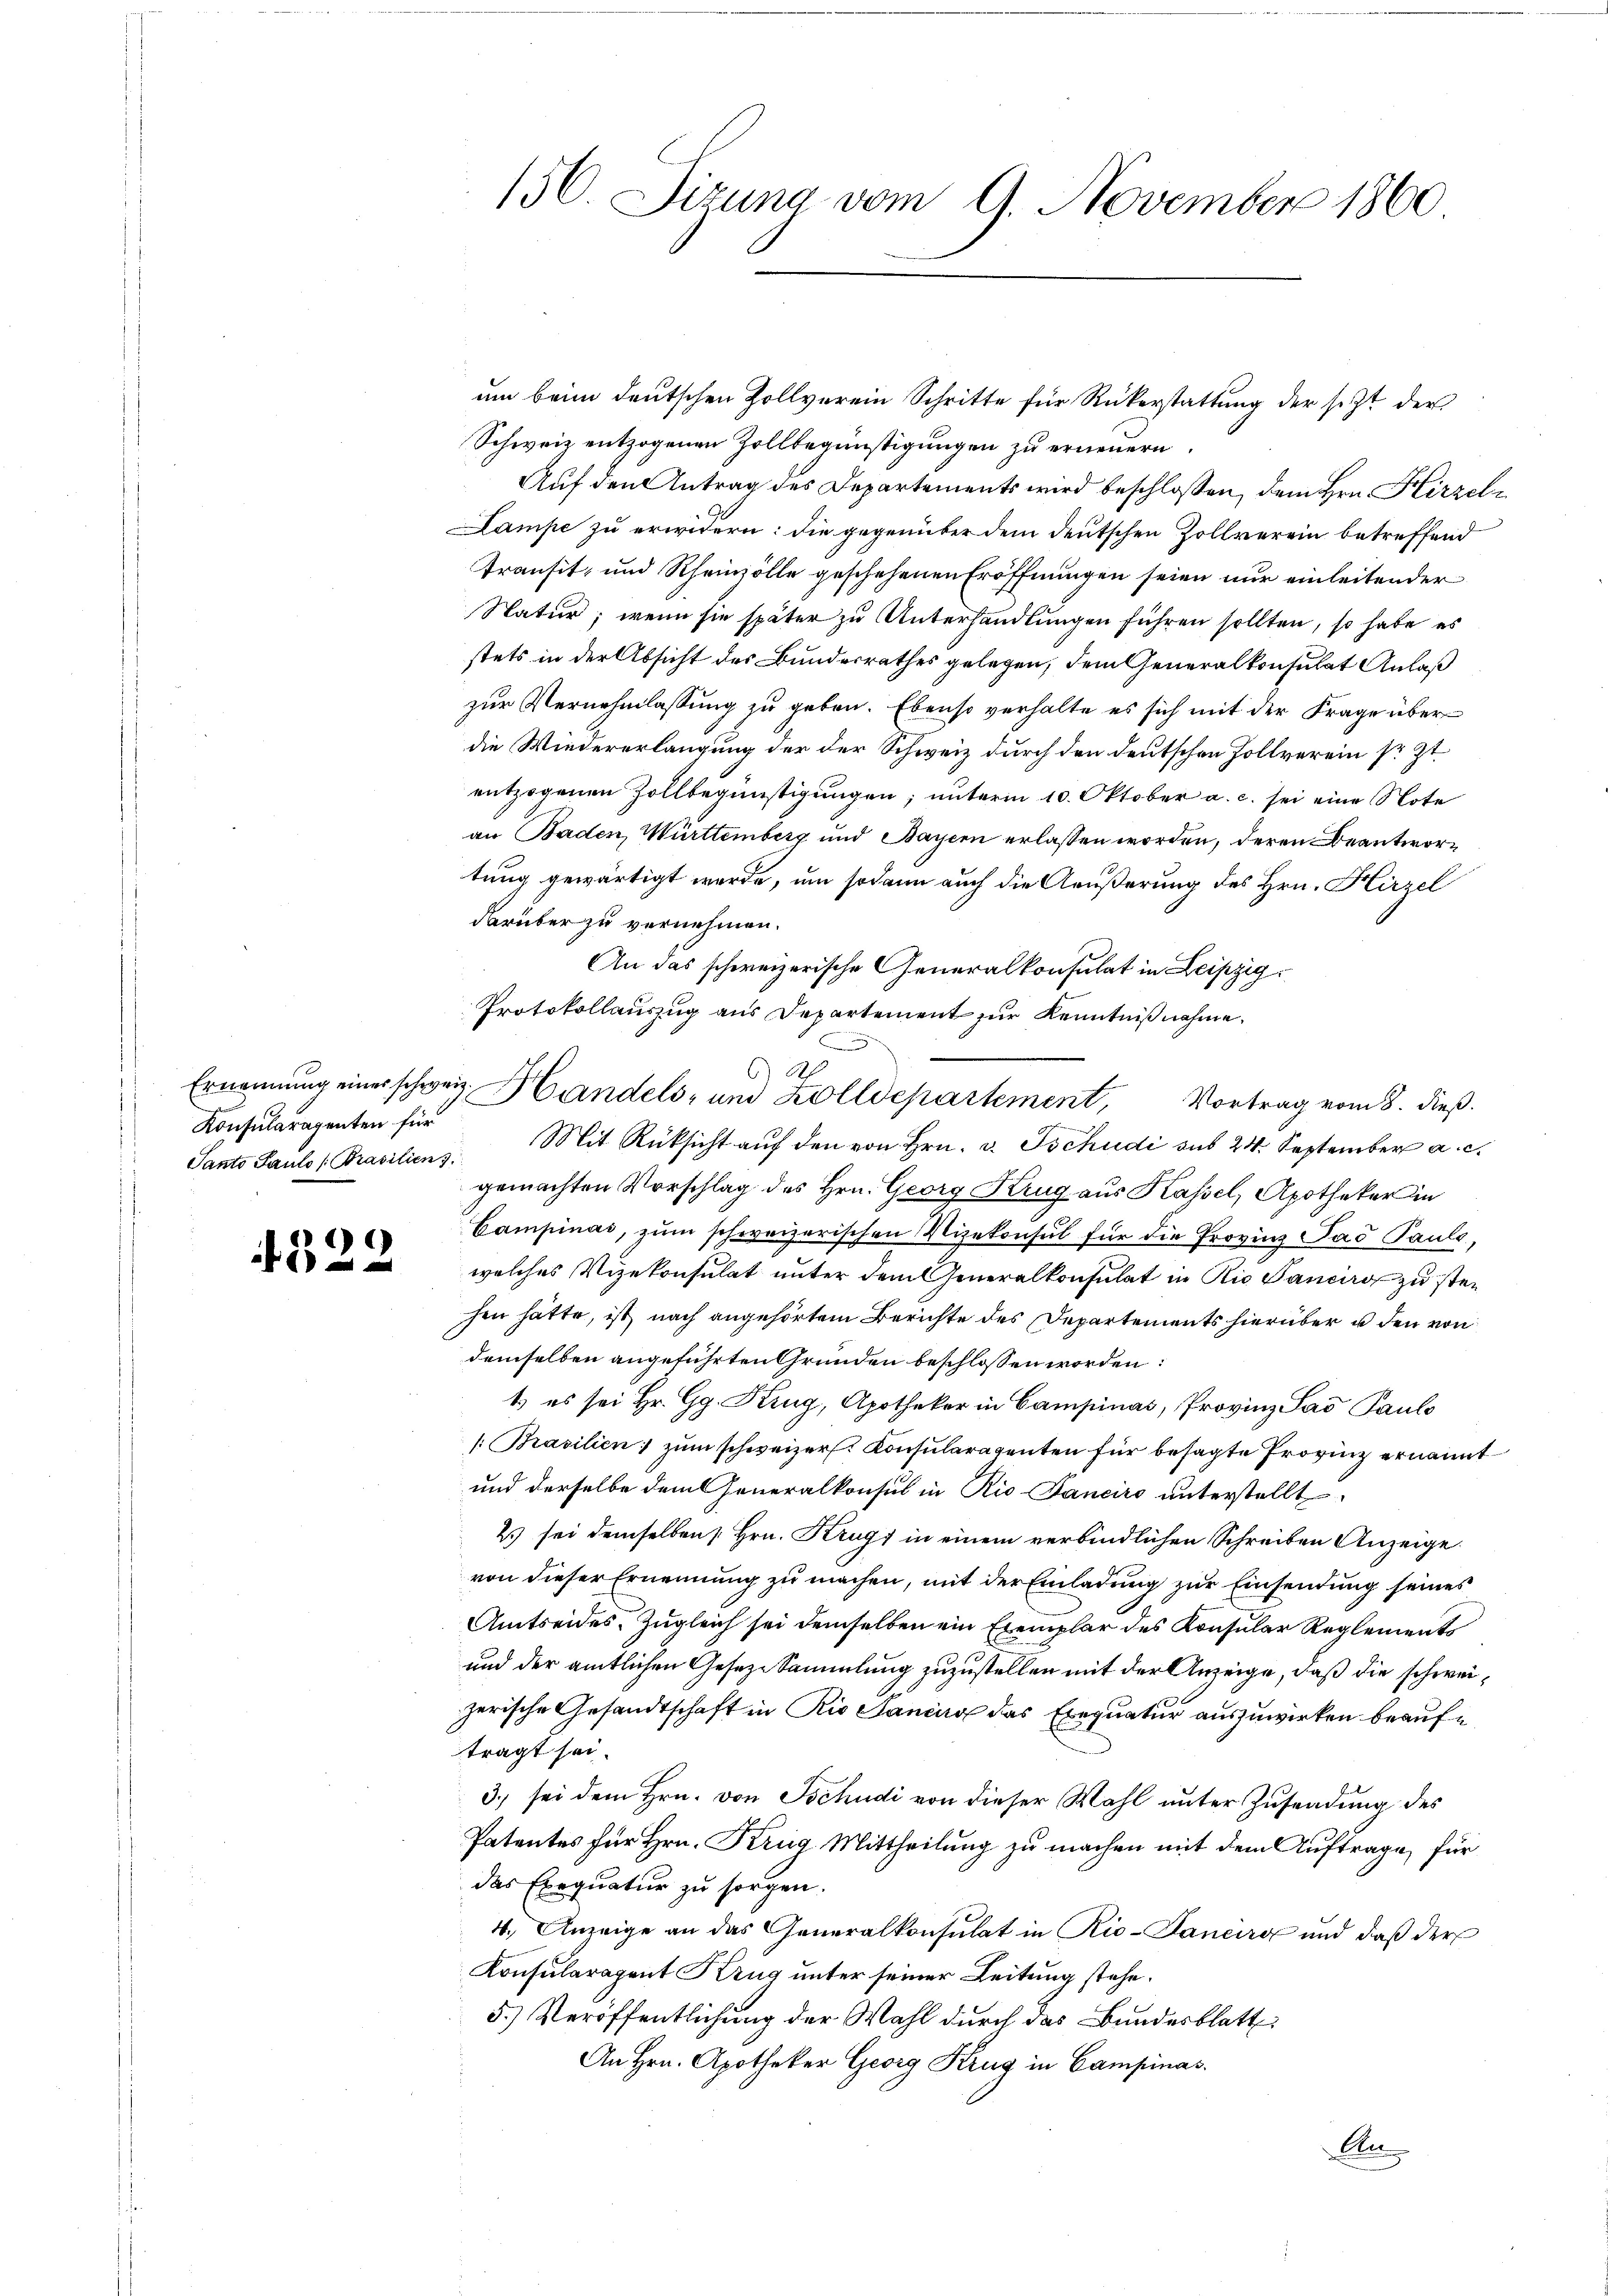
Konsularagenten für

)
x

um beim deutschen Zollverein Schritte für Rükerstattung der sezt der
Schweiz entzogenen Zollbegünstigungen zu erneuern.
Auf den Antrag des Departements wird beschloßen, dem Hrn. Hirzeln
Lampe zu erwidern: die gegenüber dem deutschen Zollverein betreffend
transit, und Rheinzölle geschehenen Eröffnungen seien nur einleitender
Natur; wenn sie später zu Unterhandlungen führen sollten, so habe es
stets in der Absicht des Bundesrathes gelegen, dem Generalkonsulat Anlaß
zur Vernehmlassung zu geben. Ebenso verhalte es sich mit der Frage über
die Wiedererlangung der der Schweiz durch den deutschen Zollverein sr. Zt.
entzogenen Zollbegünstigungen; unterm 10. Oktober a. c. sei eine Note
an Baden, Württemberg und Bayern erlassen worden, deren Beantwortung gewärtigt werde, um sodann auch die Aeußerung des Hrn. Hirzel
darüber zu vernehmen.
An das schweizerische Generalkonsulat in Leipzig
Protokollauszug aus Departement zur Kenntniß nahme.
x
6) A
Ernennung eines schweiz. Handels- und Zolldepartement, Vortrag vom 8. dieß.
Santo Paulo /Prasilien. Mit Rücksicht aŭf den von Hrn. v. Tschudi sub 24. September a. c.
gemachten Vorschlag des Hrn. Georg Krug aus Kassel, Apothekar in
Campinas, zum schweizerischen Vizekonsul für die Provinz Sad Pauls,
welches Vizekonsulat unter dem Generalkonsulat in Rio Sancirs zu steihen hatte, ist nach angehörtem Berichte des Departements hierüber u den von
demselben angeführten Gründen beschlossen worden:
t es sei Hr. Gg. Krug, Apothekar in Campinas, Provinz Lao Pauls
/:Brasilien; zum schweizer. Konsularatenten für besagte Provinz ernannt
und derselbe dem Generalkonsul in Rio-Fanciro unterstellt
2) sei demselben [Hrn. Krugs in einem verbindlichen Schreiben Anzeige.
von dieser Ernennung zu machen, mit der Einladung zur Einsendung seines
Amtseides, Zugleich sei demselben ein Exemplar des Konsular Reglements
und der amtlichen Geseze Sammlung zuzustellen mit der Anzeige, daß die schweizerische Gesandtschaft in Rio Sancurs das Exequatur auszuwirken beauftragt sei.
3.) sei dem Hrn. von Tschudi von dieser Wahl unter Zusendung des
Patentes für Hrn. Krug Mittheilung zu machen mit dem Auftrage, für
das Exequatur zu sorgen.
4.) Anzeige an das Generalkonsulat in Rio-Janeiro und daß der
Konsularapent Krug unter seiner Leitung stehe.
5.) Veröffentlichung der Wahl durch das Bundesblatt
An Hrn. Apotheker Georg Krug in Campinas.
An

150. Sizung vom 9. November 1860